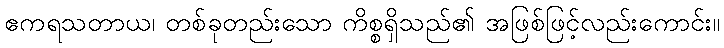
ဧကရသတာယ၊ တစ်ခုတည်းသော ကိစ္စရှိသည်၏ အဖြစ်ဖြင့်လည်းကောင်း။